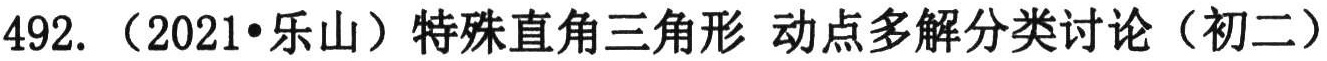
492.（2021•乐山）特殊直角三角形 动点多解分类讨论（初二）